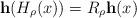
LaTeX: \begin{align*}\mathbf{h}(H_{\rho}(x))=R_\rho \mathbf{h}(x)\end{align*}